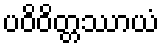
ပဝိဝိတ္တဿာယံ